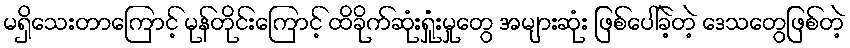
မရှိသေးတာကြောင့် မုန်တိုင်းကြောင့် ထိခိုက်ဆုံးရှုံးမှုတွေ အများဆုံး ဖြစ်ပေါ်ခဲ့တဲ့ ဒေသတွေဖြစ်တဲ့